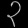
Digit: ၃